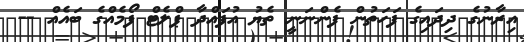
އިރާނުގެ ދިދައިގެ ފަހަތުން ފެންނަނީ ތެޔު އުފައްދާ ޕްލެޓް ފޯމެއްގެ ބައެއް --